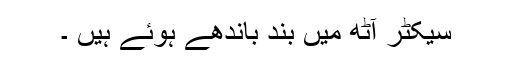
سیکٹر آٹھ میں بند باندھے ہوئے ہیں ۔